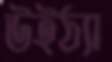
উইঠ্যা